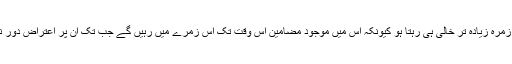
ہو سکتا ہے کہ زمرہ زیادہ تر خالی ہی رہتا ہو کیونکہ اس میں موجود مضامین اس وقت تک اس زمرے میں رہیں گے جب تک ان پر اعتراض دور نہیں کر دیا جاتا۔